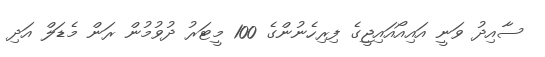
ސާއިދު ވަނީ އައިއޯއައިޖީގެ ފިރިހެނުންގެ 100 މީޓަރު ދުވުމުން ރަން މެޑަލް އަދި